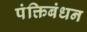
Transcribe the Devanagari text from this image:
पंक्तिबंधन